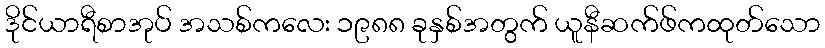
ဒိုင်ယာရီစာအုပ် အသစ်ကလေး ၁၉၈၈ ခုနှစ်အတွက် ယူနီဆက်ဖ်ကထုတ်သော